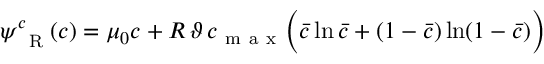
\psi _ { \mathrm { ~ \tiny ~ R ~ } } ^ { c } ( c ) = \mu _ { 0 } c + R \, \vartheta \, c _ { \mathrm { ~ m ~ a ~ x ~ } } \Big ( \bar { c } \ln \bar { c } + ( 1 - \bar { c } ) \ln ( 1 - \bar { c } ) \Big )